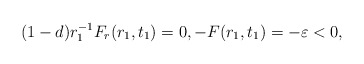
\begin{align*}(1-d)r_{1}^{-1} F_{r}(r_{1},t_{1})=0,- F(r_{1},t_{1})=- \varepsilon<0,\end{align*}